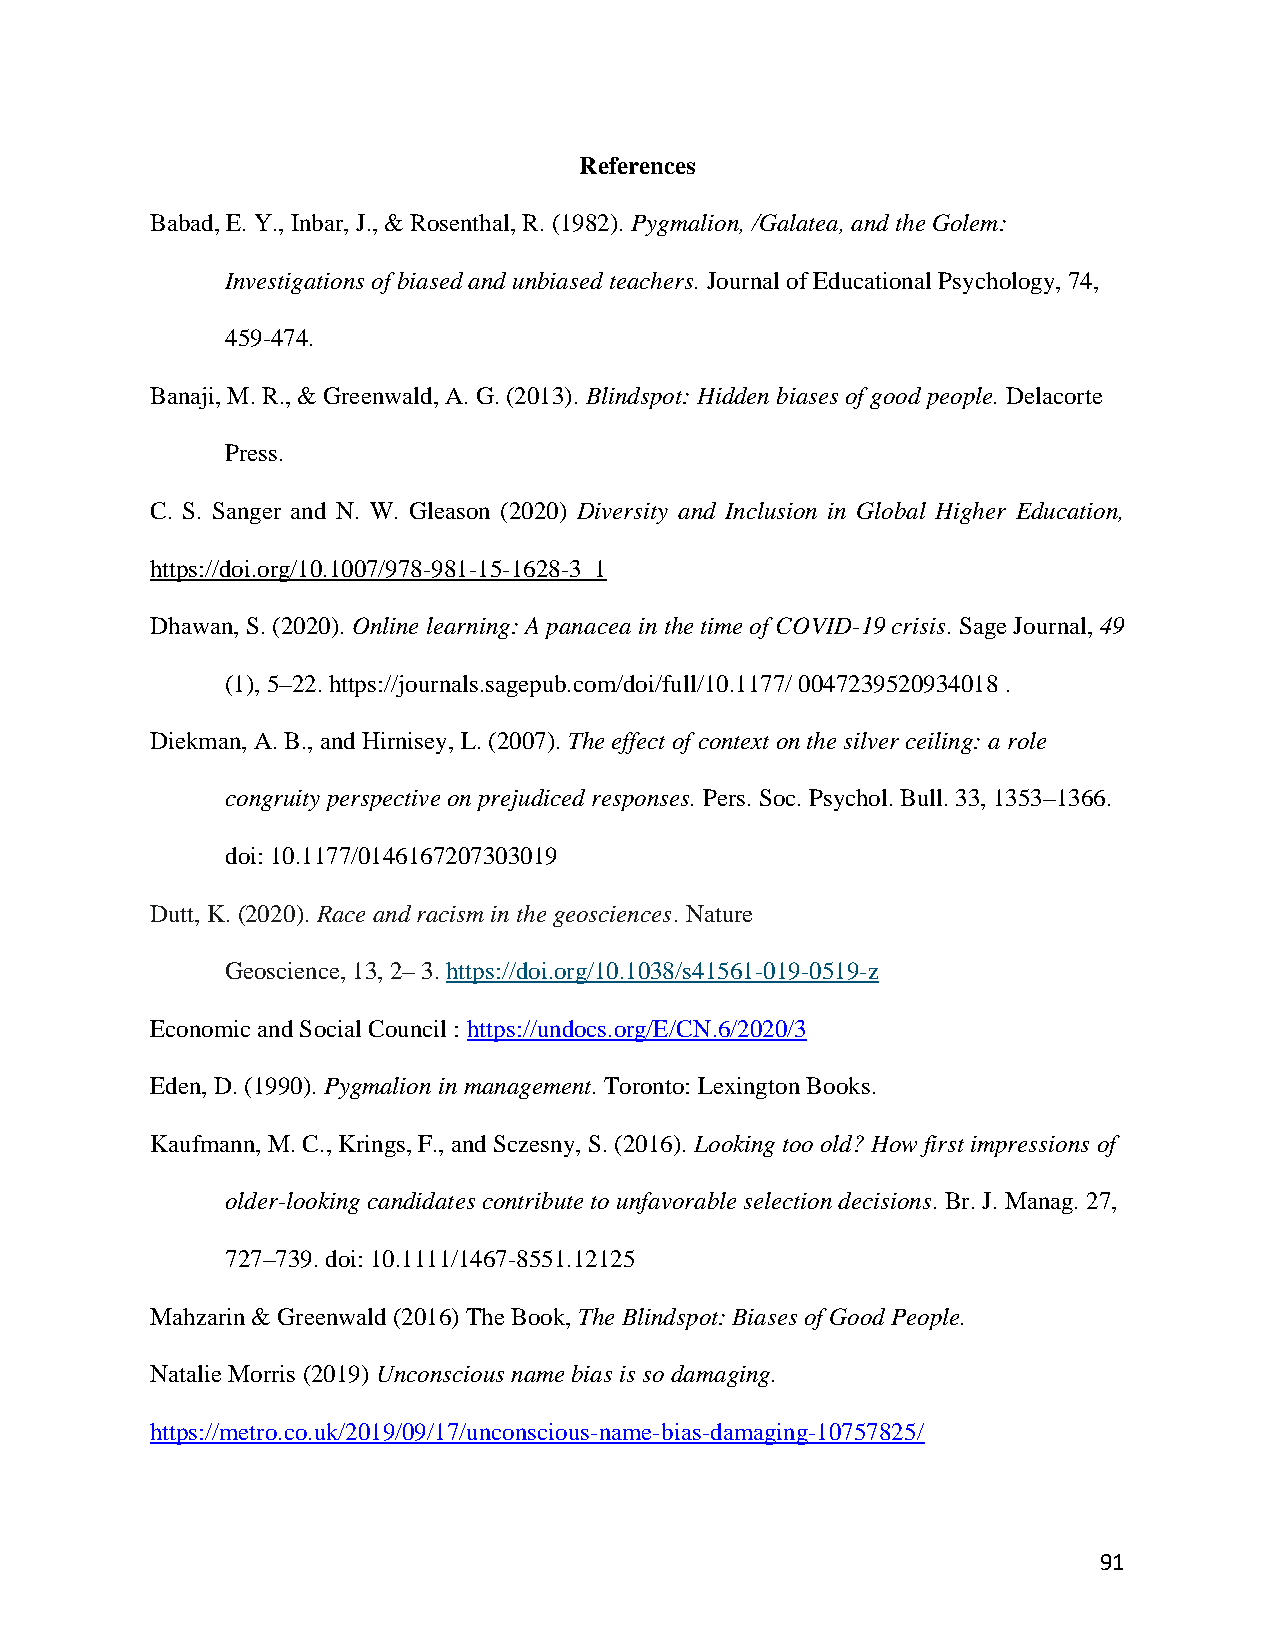
References
 Babad, E. Y., Inbar, J., & Rosenthal, R. (1982). Pygmalion, /Galatea, and the Golem:
 Investigations of biased and unbiased teachers. Journal of Educational Psychology, 74,
 459-474.
 Banaji, M. R., & Greenwald, A. G. (2013). Blindspot: Hidden biases of good people. Delacorte
 Press.
 C. S. Sanger and N. W. Gleason (2020) Diversity and Inclusion in Global Higher Education,
 https://doi.org/10.1007/978-981-15-1628-3_1
 Dhawan, S. (2020). Online learning: A panacea in the time of COVID-19 crisis. Sage Journal, 49
 (1), 5–22. https://journals.sagepub.com/doi/full/10.1177/ 0047239520934018 .
 Diekman, A. B., and Hirnisey, L. (2007). The effect of context on the silver ceiling: a role
 congruity perspective on prejudiced responses. Pers. Soc. Psychol. Bull. 33, 1353–1366.
 doi: 10.1177/0146167207303019
 Dutt, K. (2020). Race and racism in the geosciences. Nature
 Geoscience, 13, 2– 3. https://doi.org/10.1038/s41561-019-0519-z
 Economic and Social Council : https://undocs.org/E/CN.6/2020/3
 Eden, D. (1990). Pygmalion in management. Toronto: Lexington Books.
 Kaufmann, M. C., Krings, F., and Sczesny, S. (2016). Looking too old? How first impressions of
 older-looking candidates contribute to unfavorable selection decisions. Br. J. Manag. 27,
 727–739. doi: 10.1111/1467-8551.12125
 Mahzarin & Greenwald (2016) The Book, The Blindspot: Biases of Good People.
 Natalie Morris (2019) Unconscious name bias is so damaging.
 https://metro.co.uk/2019/09/17/unconscious-name-bias-damaging-10757825/
 91